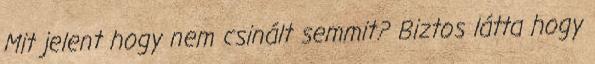
Mit jelent hogy nem csinált semmit? Biztos látta hogy